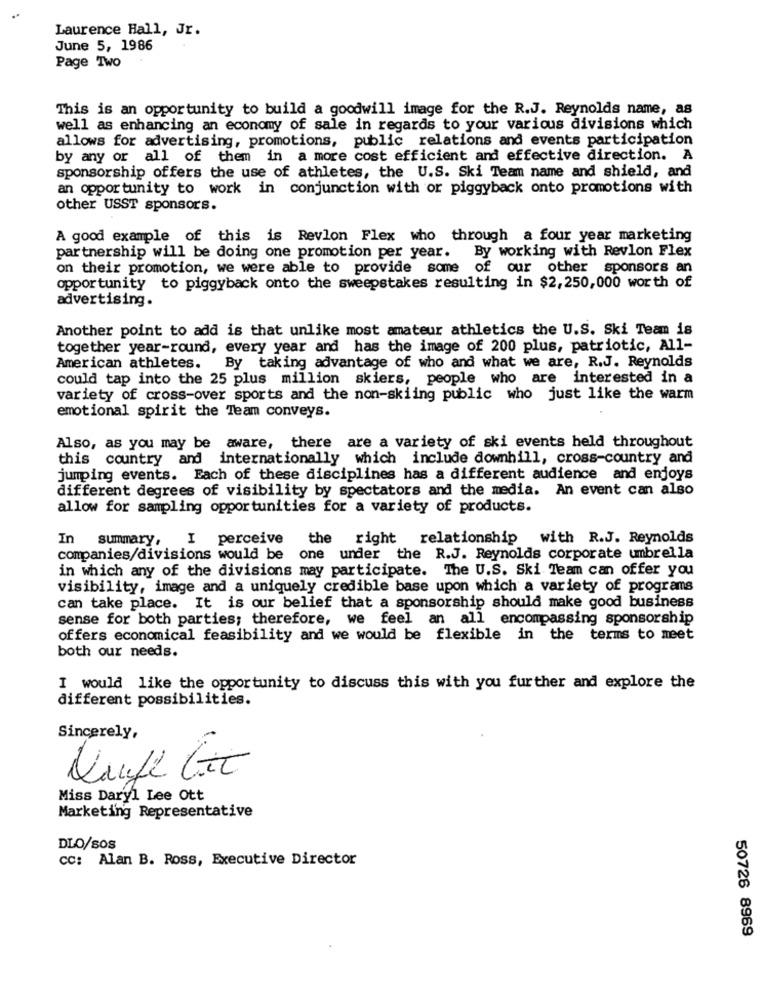
Laurence Hall, Jr.
June 5, 1986
Page Two
This is an opportunity to build a goodwill image for the R.J. Reynolds name, as
well as enhancing an economy of sale in regards to your various divisions which
allows for advertising, promotions, public relations and events participation
by any or all of them in a more cost efficient and effective direction. A
sponsorship offers the use of athletes, the U.S. Ski Team name and shield, and
an opportunity to work in conjunction with or piggyback onto promotions with
other USST sponsors.
A good example of this is Revlon Flex who through a four year marketing
partnership will be doing one promotion per year. By working with Revlon Flex
on their promotion, we were able to provide some of our other sponsors an
opportunity to piggyback onto the sweepstakes resulting in $2,250,000 worth of
advertising.
Another point to add is that unlike most amateur athletics the U.S. Ski Team is
together year-round, every year and has the image of 200 plus, patriotic, All-
American athletes.
By taking advantage of who and what we are, R.J. Reynolds
could tap into the 25 plus million skiers, people who are interested in a
variety of cross-over sports and the non-skiing public who just like the warm
emotional spirit the Team conveys.
Also, as you may be aware, there are a variety of ski events held throughout
this country and internationally which include downhill, cross-country and
jumping events. Each of these disciplines has a different audience and enjoys
different degrees of visibility by spectators and the media. An event can also
allow for sampling opportunities for a variety of products.
In summary,
I perceive
the right relationship
with R.J. Reynolds
companies/divisions would be one under the R.J. Reynolds corporate umbrella
in which any of the divisions may participate. The U.S. Ski Team can offer you
visibility, image and a uniquely credible base upon which a variety of programs
can take place. It is our belief that a sponsorship should make good business
sense for both parties; therefore, we feel an all encompassing sponsorship
offers economical feasibility and we would be flexible in the terms to meet
both our needs.
I would like the opportunity to discuss this with you further and explore the
different possibilities.
Sincerely,
Kaufe Cit
Miss Daryl Lee Ott
Marketing Representative
DLO/sos
cc: Alan B. Ross, Executive Director
50726 8969